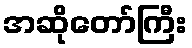
အဆိုတော်ကြီး